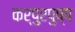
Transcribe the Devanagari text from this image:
कर्पुरपुष्प